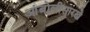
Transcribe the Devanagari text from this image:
आंबोलीसारखे